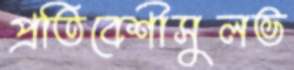
প্রতিবেশীসুলভ